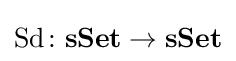
\operatorname {Sd} \colon \mathbf {sSet} \rightarrow \mathbf {sSet}